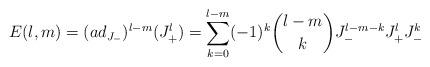
LaTeX: \begin{align*}E(l,m)=(ad_{J_{-}})^{l-m}(J_{+}^{l})={\displaystyle\sum\limits_{k=0}^{l-m}}(-1)^{k}\binom{l-m}{k}J_{-}^{l-m-k}J_{+}^{l}J_{-}^{k} \end{align*}